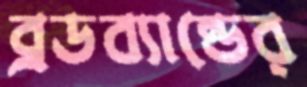
ব্রডব্যান্ডের